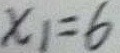
x _ { 1 } = 6